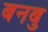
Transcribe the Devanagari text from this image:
बनबु